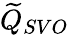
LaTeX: \widetilde{Q}_{SVO}